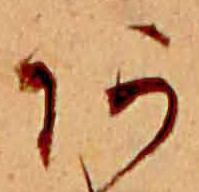
あ